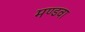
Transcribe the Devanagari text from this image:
मण्डवा